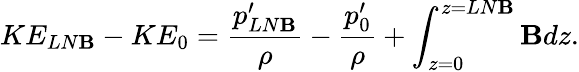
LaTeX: KE_{LN\mathbf{B}}-KE_{0}=\frac{{p_{LN\mathbf{B}}^{\prime}}}{{\rho}}-\frac{{p_{0}^{\prime}}}{{\rho}}+\int_{z=0}^{z=LN\mathbf{B}}\mathbf{B}dz.